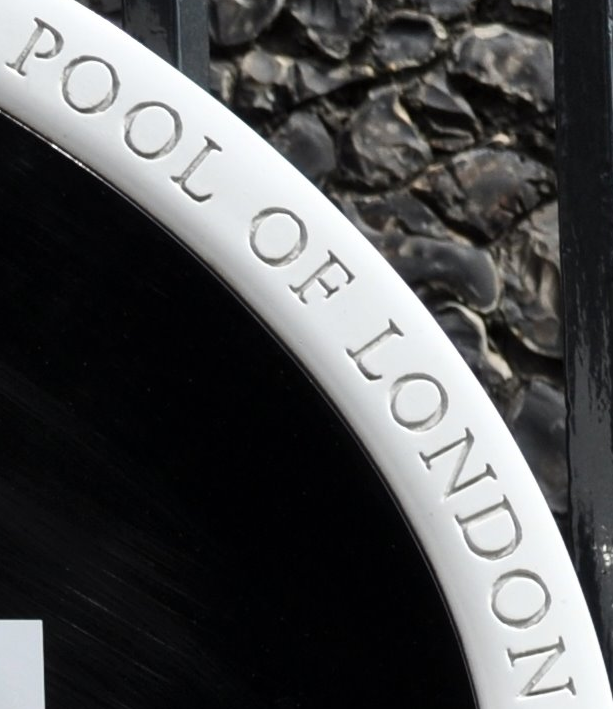
POOL OF LONDON